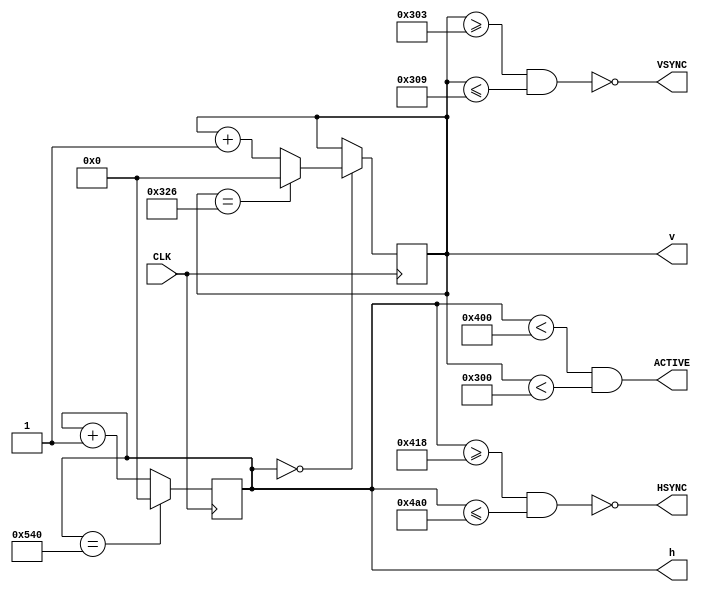
module sync(
    input               CLK,        // Pixel clock
    output              HSYNC,      // Horizontal sync pulse
    output              VSYNC,      // Vertical sync pulse
    output              ACTIVE,     // Active picture flag
    output reg [12:0]   h,          // Current horizontal position
    output reg [12:0]   v           // Current vertical position
);

    // 576p SD Timing Parameters
    localparam H_ACTIVE = 1024;
    localparam H_FPORCH = 24;
    localparam H_SYNC_S = 1048;
    localparam H_SYNC_L = 136;
    localparam H_SYNC_E = 1184;
    localparam H_BPORCH = 160;
    localparam H_TOTAL  = 1344;
    localparam V_ACTIVE = 768;
    localparam V_FPORCH = 3;
    localparam V_SYNC_S = 771;
    localparam V_SYNC_L = 6;
    localparam V_SYNC_E = 777;
    localparam V_BPORCH = 29;
    localparam V_TOTAL  = 806;
    localparam PIX_FREQ = 65e6;

    // Update pixel position
    always @(posedge CLK) begin
        // Increment horizontal position
        // or reset if at last column in frame
        h <= h == H_TOTAL ? 0 : h + 1;

        // Increment vertical position after horizontal position reset
        // or reset if at last row in frame
        v = h == 0 ? (
            v == V_TOTAL ? 0 : v + 1
        ) : v;
    end


    // Generate horizontal and vertical sync pulses
    assign HSYNC  = ~( h >= H_SYNC_S && h <= H_SYNC_E );
    assign VSYNC  = ~( v >= V_SYNC_S && v <= V_SYNC_E );
    assign ACTIVE = h < H_ACTIVE && v < V_ACTIVE;

endmodule